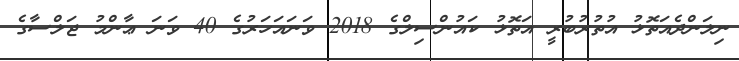
ނިލަންދެއަތޮޅު އުތުރުބުރީ އަތޮޅު ކައުންސިލްގެ 2018 ވަނައަހަރުގެ 40 ވަނަ ޢާންމު ޖަލްސާގެ